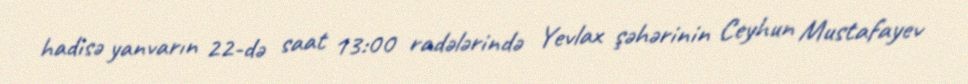
hadisə yanvarın 22-də saat 13:00 radələrində Yevlax şəhərinin Ceyhun Mustafayev